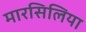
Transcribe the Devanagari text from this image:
मारसिलिया